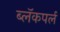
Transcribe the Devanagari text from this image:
ब्लॅकपर्ल